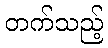
တက်သည့်